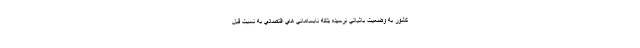
كشور به وضعيت باثباتي نرسيده بلكه نابساماني هاي اقتصادي به نسبت قبل